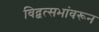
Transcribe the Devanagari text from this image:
विद्वत्सभांवरून